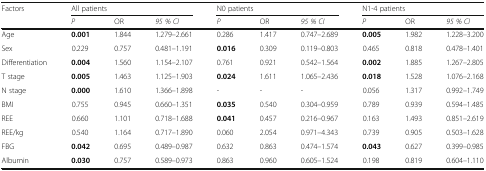
<table><thead><tr><td rowspan="2"><b>Factors</b></td><td colspan="3"><b>All patients</b></td><td colspan="3"><b>N0 patients</b></td><td colspan="3"><b>N1-4 patients</b></td></tr><tr><td><b><i>P</i></b></td><td><b>OR</b></td><td><b><i>95 % CI</i></b></td><td><b><i>P</i></b></td><td><b>OR</b></td><td><b><i>95 % CI</i></b></td><td><b><i>P</i></b></td><td><b>OR</b></td><td><b><i>95 % CI</i></b></td></tr></thead><tbody><tr><td>Age</td><td><b>0.001</b></td><td>1.844</td><td>1.279–2.661</td><td>0.286</td><td>1.417</td><td>0.747–2.689</td><td><b>0.005</b></td><td>1.982</td><td>1.228–3.200</td></tr><tr><td>Sex</td><td>0.229</td><td>0.757</td><td>0.481–1.191</td><td><b>0.016</b></td><td>0.309</td><td>0.119–0.803</td><td>0.465</td><td>0.818</td><td>0.478–1.401</td></tr><tr><td>Differentiation</td><td><b>0.004</b></td><td>1.560</td><td>1.154–2.107</td><td>0.761</td><td>0.921</td><td>0.542–1.564</td><td><b>0.002</b></td><td>1.885</td><td>1.267–2.805</td></tr><tr><td>T stage</td><td><b>0.005</b></td><td>1.463</td><td>1.125–1.903</td><td><b>0.024</b></td><td>1.611</td><td>1.065–2.436</td><td><b>0.018</b></td><td>1.528</td><td>1.076–2.168</td></tr><tr><td>N stage</td><td><b>0.000</b></td><td>1.610</td><td>1.366–1.898</td><td>-</td><td>-</td><td>-</td><td>0.056</td><td>1.317</td><td>0.992–1.749</td></tr><tr><td>BMI</td><td>0.755</td><td>0.945</td><td>0.660–1.351</td><td><b>0.035</b></td><td>0.540</td><td>0.304–0.959</td><td>0.789</td><td>0.939</td><td>0.594–1.485</td></tr><tr><td>REE</td><td>0.660</td><td>1.101</td><td>0.718–1.688</td><td><b>0.041</b></td><td>0.457</td><td>0.216–0.967</td><td>0.163</td><td>1.493</td><td>0.851–2.619</td></tr><tr><td>REE/kg</td><td>0.540</td><td>1.164</td><td>0.717–1.890</td><td>0.060</td><td>2.054</td><td>0.971–4.343</td><td>0.739</td><td>0.905</td><td>0.503–1.628</td></tr><tr><td>FBG</td><td><b>0.042</b></td><td>0.695</td><td>0.489–0.987</td><td>0.632</td><td>0.863</td><td>0.474–1.574</td><td><b>0.043</b></td><td>0.627</td><td>0.399–0.985</td></tr><tr><td>Albumin</td><td><b>0.030</b></td><td>0.757</td><td>0.589–0.973</td><td>0.863</td><td>0.960</td><td>0.605–1.524</td><td>0.198</td><td>0.819</td><td>0.604–1.110</td></tr></tbody></table>